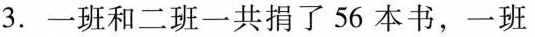
3.一班和二班一共捐了56本书，一班